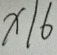
x / 6